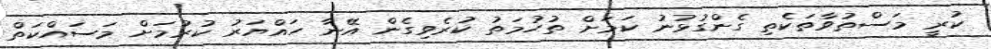
ކުރީ މަސްތުވާތަކެތި ގެންގުޅުނު ކަމަށް ތުހުމަތު ކުރެވިގެން އޭނާ ހައްޔަރު ކުރުމަށް މަސައްކަތް